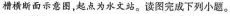
槽横断面示意图，起点为水文站。读图完成下列小题。